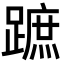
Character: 蹠